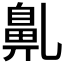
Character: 𪖐